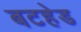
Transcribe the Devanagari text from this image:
बटहेड